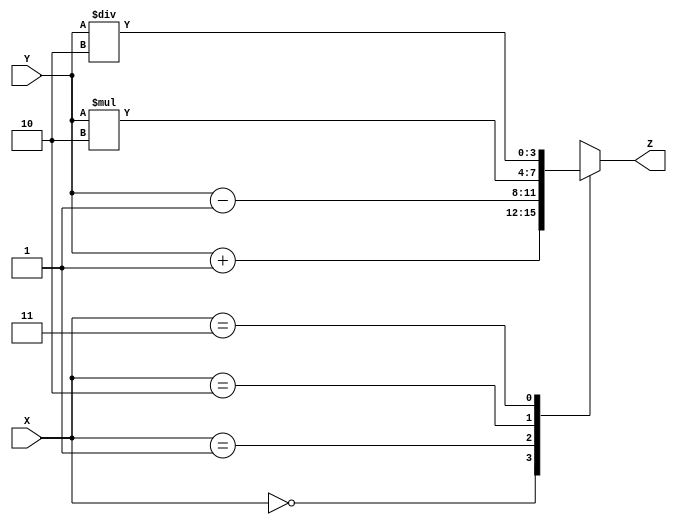
module case_statement(
    input [1:0] X,
    input [3:0] Y,
    output reg [3:0] Z
);

always @(*)
begin
    case(X)
        2'b00: Z = Y + 4'b0001;
        2'b01: Z = Y - 4'b0001;
        2'b10: Z = Y * 4'b0010;
        2'b11: Z = Y / 4'b0010;
    endcase
end

endmodule